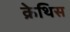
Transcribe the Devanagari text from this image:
क्रेथिस